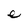
Character: e